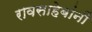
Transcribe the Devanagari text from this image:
रावसाहेबांनीं